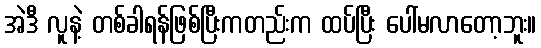
အဲဒီ လူနဲ့ တစ်ခါရန်ဖြစ်ပြီးကတည်းက ထပ်ပြီး ပေါ်မလာတော့ဘူး။